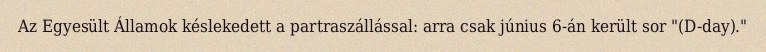
Az Egyesült Államok késlekedett a partraszállással: arra csak június 6-án került sor "(D-day)."